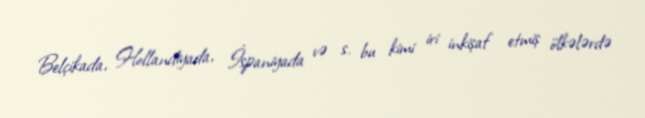
Belçikada, Hollandiyada, İspaniyada və s. bu kimi iri inkişaf etmiş ölkələrdə